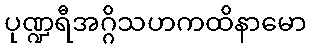
ပုဏ္ဍရီအဂ္ဂိသဟကထိနာမော